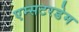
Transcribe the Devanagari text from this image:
एम्सटरडेम